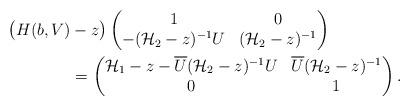
LaTeX: \begin{align*}\big( H(b,V) & - z \big) \begin{pmatrix} 1 & 0 \\ -(\mathcal{H}_{2} - z)^{-1}U & (\mathcal{H}_{2} - z)^{-1}\end{pmatrix} \\& = \begin{pmatrix} \mathcal{H}_{1} - z - \overline{U} (\mathcal{H}_{2} - z)^{-1} U & \overline{U} (\mathcal{H}_{2} - z)^{-1} \\ 0 & 1\end{pmatrix}.\end{align*}